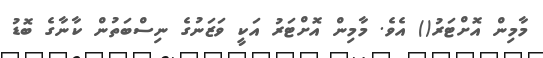
މާމިން އޮށްޓަރު() އެވެ. މާމިން އޮށްޓަރު އަކީ ވަޒަނުގެ ނިސްބަތުން ކާނާގެ ބޮޑު